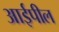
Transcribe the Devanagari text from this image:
आईपील